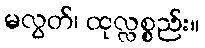
မလွတ်၊ ထုလ္လစ္စည်း။